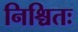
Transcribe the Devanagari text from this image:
निश्चितः